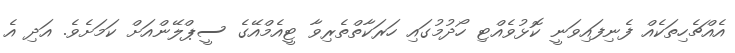
އެއްޗެހިތަކެއް ފެނިފައިވަނީ ކޮޅުވެއްޓި ހޯދުމުގައި ހަރަކާތްތެރިވާ ޓީއެމްއޭގެ ސީޕްލޭންއަށް ކަމަށެވެ. އަދި އެ